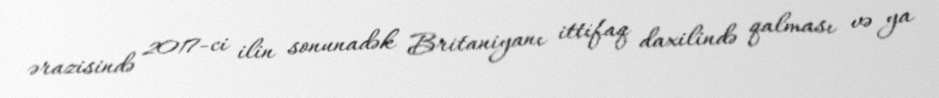
ərazisində 2017-ci ilin sonunadək Britaniyanı ittifaq daxilində qalması və ya